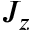
J _ { z }